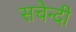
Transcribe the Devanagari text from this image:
सचेन्दी